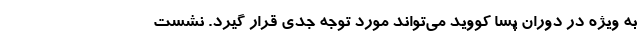
به ویژه در دوران پسا کووید می‌تواند مورد توجه جدی قرار گیرد. نشست